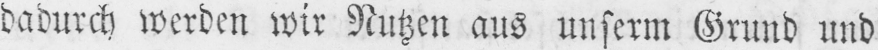
dadurch werden wir Nutzen aus unserm Grund und